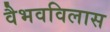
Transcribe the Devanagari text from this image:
वैभवविलास